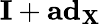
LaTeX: \mathbf{I}+\mathbf{ad}_{\mathbf{X}}